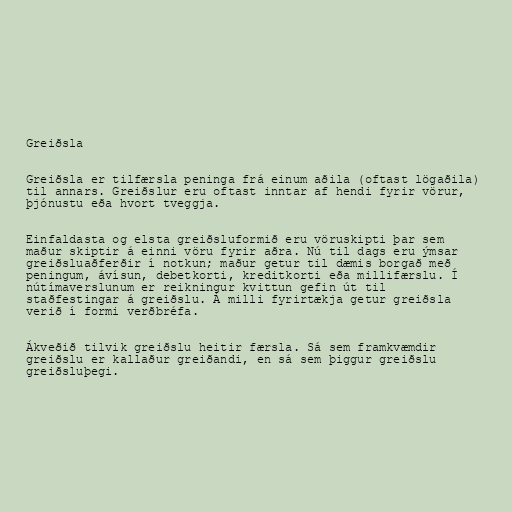
Greiðsla

Greiðsla er tilfærsla peninga frá einum aðila (oftast lögaðila)
til annars. Greiðslur eru oftast inntar af hendi fyrir vörur,
þjónustu eða hvort tveggja.

Einfaldasta og elsta greiðsluformið eru vöruskipti þar sem
maður skiptir á einni vöru fyrir aðra. Nú til dags eru ýmsar
greiðsluaðferðir í notkun; maður getur til dæmis borgað með
peningum, ávísun, debetkorti, kreditkorti eða millifærslu. Í
nútímaverslunum er reikningur kvittun gefin út til
staðfestingar á greiðslu. Á milli fyrirtækja getur greiðsla
verið í formi verðbréfa.

Ákveðið tilvik greiðslu heitir færsla. Sá sem framkvæmdir
greiðslu er kallaður greiðandi, en sá sem þiggur greiðslu
greiðsluþegi.